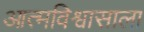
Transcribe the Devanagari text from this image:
आत्मविश्वासाला